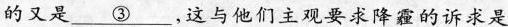
的又是 \underline{③} ，这与他们主观要求降霾的诉求是